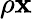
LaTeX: \rho\mathbf{x}